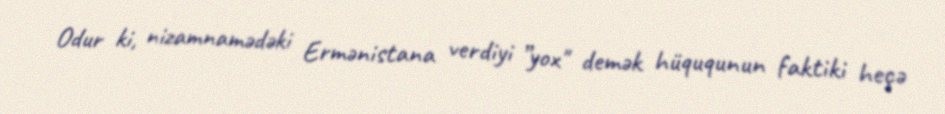
Odur ki, nizamnamədəki Ermənistana verdiyi ”yox" demək hüququnun faktiki heçə